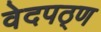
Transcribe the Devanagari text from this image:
वेदपठ्ण